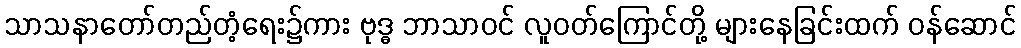
သာသနာတော်တည်တံ့ရေး၌ကား ဗုဒ္ဓ ဘာသာဝင် လူဝတ်ကြောင်တို့ များနေခြင်းထက် ဝန်ဆောင်